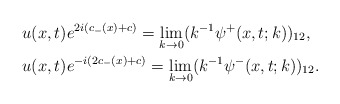
\begin{align*}&u(x,t)e^{2i(c_-(x)+c)}=\lim _{k\rightarrow 0}(k^{-1}\psi^+(x,t;k))_{12},\\&u(x,t)e^{-i(2c_-(x)+c)}=\lim _{k\rightarrow 0}(k^{-1}\psi^-(x,t;k))_{12}.\end{align*}